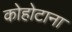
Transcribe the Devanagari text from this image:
कोहोटाना